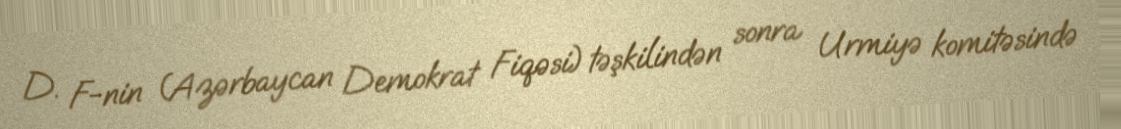
D. F-nin (Azərbaycan Demokrat Fiqəsi) təşkilindən sonra Urmiyə komitəsində